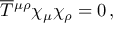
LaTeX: \overline { { T } } { ^ { \mu \rho } } \chi _ { \mu } \chi _ { \rho } = 0 \, ,